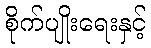
စိုက်ပျိုးရေးနှင့်